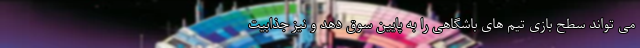
می تواند سطح بازی تیم های باشگاهی را به پایین سوق دهد و نیز جذابیت